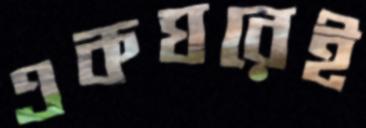
একঘরেই